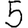
Digit: 5